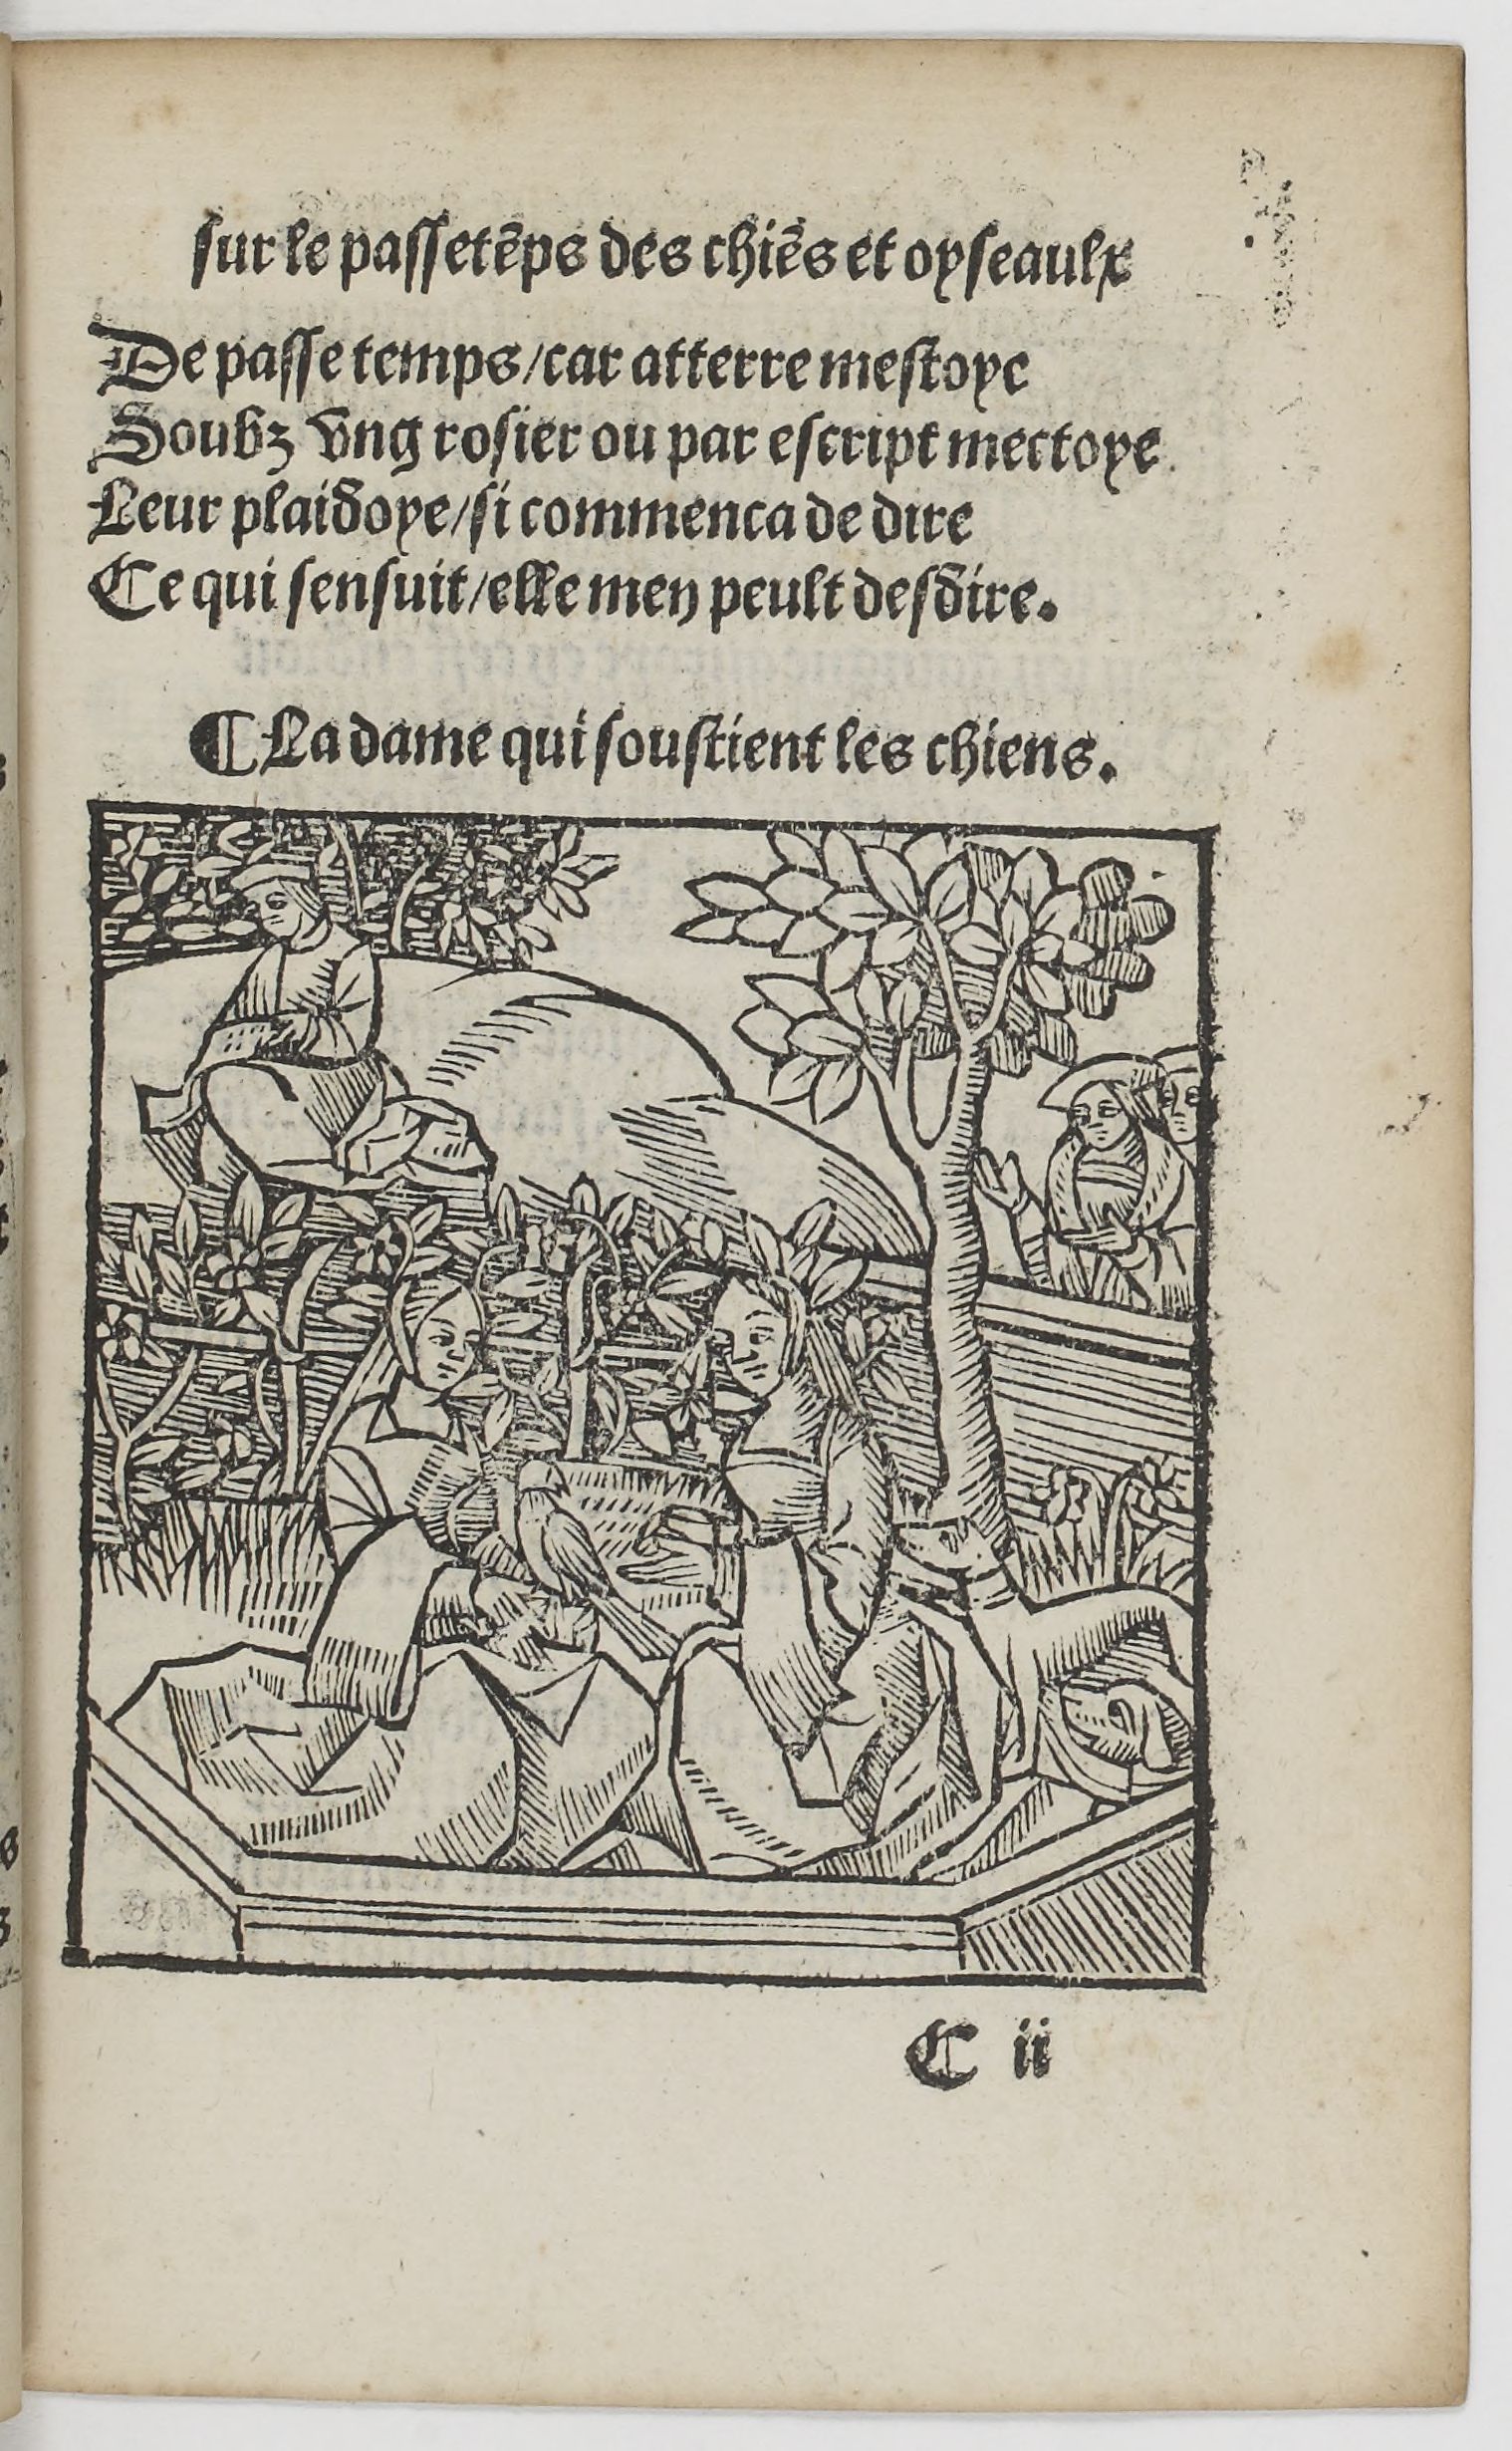
Shelfmark: Paris, BnF, Rés. YE-1395
Century: 16